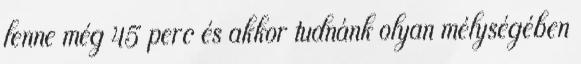
lenne még 45 perc és akkor tudnánk olyan mélységében